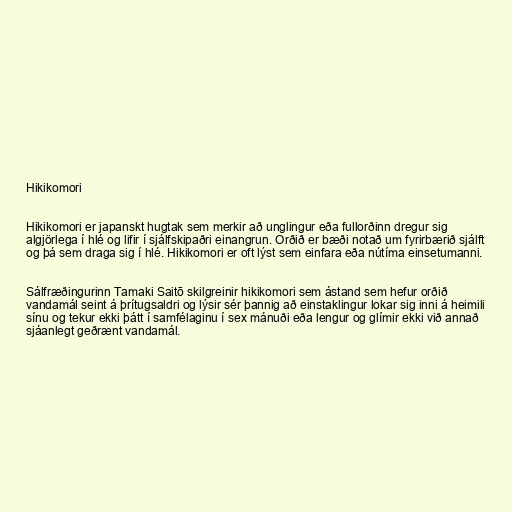
Hikikomori

Hikikomori er japanskt hugtak sem merkir að unglingur eða fullorðinn dregur sig
algjörlega í hlé og lifir í sjálfskipaðri einangrun. Orðið er bæði notað um fyrirbærið sjálft
og þá sem draga sig í hlé. Hikikomori er oft lýst sem einfara eða nútíma einsetumanni.

Sálfræðingurinn Tamaki Saitō skilgreinir hikikomori sem ástand sem hefur orðið
vandamál seint á þrítugsaldri og lýsir sér þannig að einstaklingur lokar sig inni á heimili
sínu og tekur ekki þátt í samfélaginu í sex mánuði eða lengur og glímir ekki við annað
sjáanlegt geðrænt vandamál.